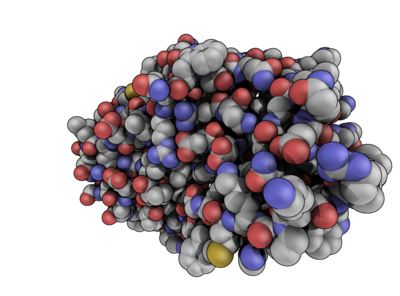
pymol, sphere, bg white, util.cbaw, light_count